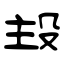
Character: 殶